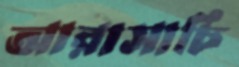
আরাসাচি